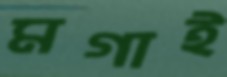
মগাই